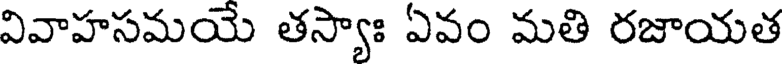
వివాహసమయే తస్యాః ఏవం మతి రజాయత